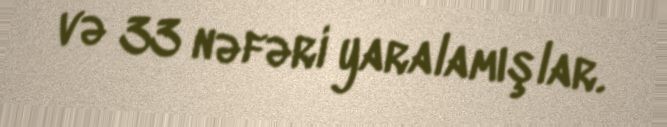
və 33 nəfəri yaralamışlar.